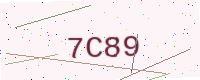
Text: 7C89